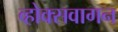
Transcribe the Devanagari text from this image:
व्होक्सवागन